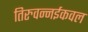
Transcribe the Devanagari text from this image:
तिरुवन्नईकवल